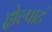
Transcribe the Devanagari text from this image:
ह्येल्पाटं